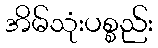
အိမ်သုံးပစ္စည်း